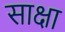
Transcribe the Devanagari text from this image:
साक्षा